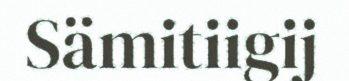
Sämitiigij